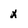
Character: x